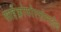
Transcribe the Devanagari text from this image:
साईक्लोफॉस्फोमाईड